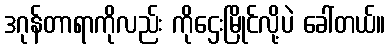
ဒဂုန်တာရာကိုလည်း ကိုဌေးမြိုင်လို့ပဲ ခေါ်တယ်။